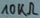
Text: 10KΩ